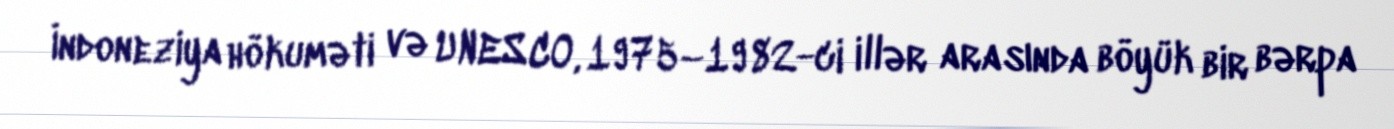
İndoneziya hökuməti və UNESCO, 1975–1982-ci illər arasında böyük bir bərpa